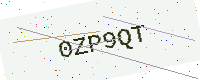
Text: 0ZP9QT